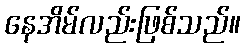
နေအိမ်လည်းဖြစ်သည်။